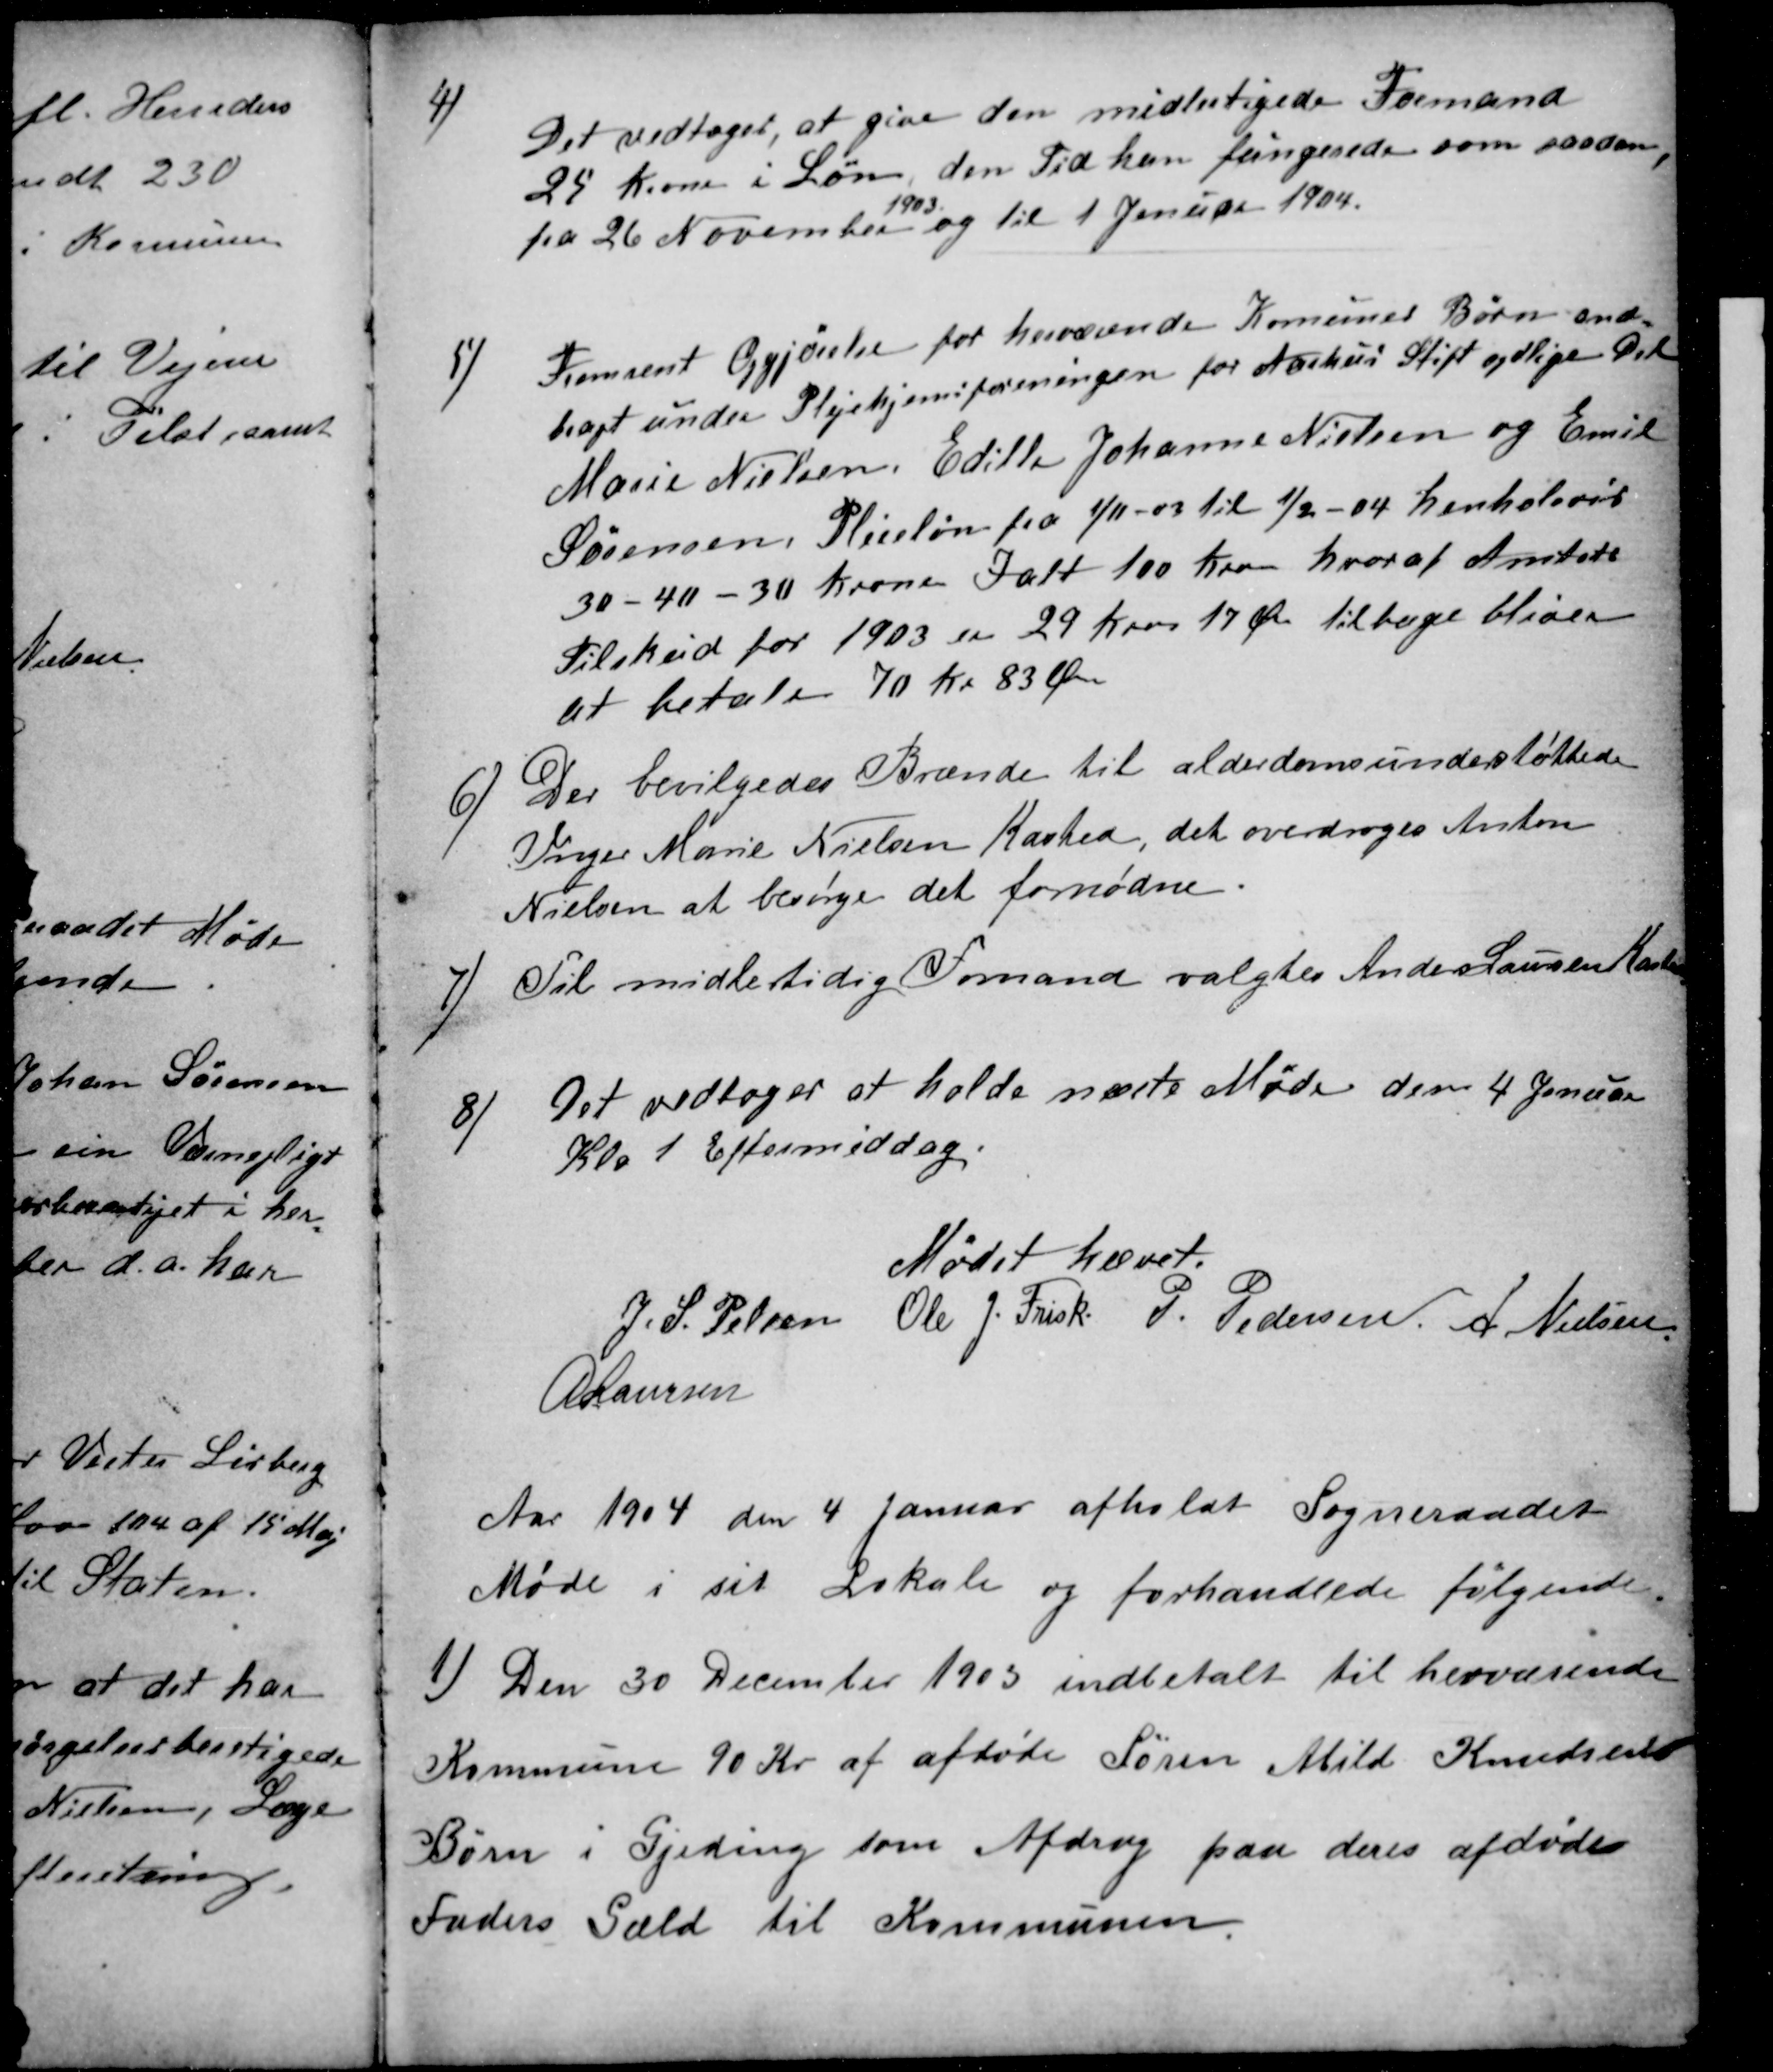
Transskription:
4)
Det vedtoges, at give den midlertigede Formand
25 Kroner i Løn, den Tid han fungerede som saadan,
fra 26 November
1903
og til 1 Januar 1904.
5)
Fremsent Opgjørelse for herværende Komunes Børn and-
bragt under Plejehjemsforeningen for Aarhus Stift sydlige Del
Marie Nielsen, Edith Johanne Nielsen og Emil
Sørensen, Pleieløn fra 1/11 -03 til 1/2 -04 henholdsvis
30 -40 -30 Kroner Ialt 100 Kron hvoraf Amtets
Tilskud for 1903 er 29 Kron 17 Øre tilbage bliver
at betale 70 Kr 83 Øre
6)
Der bevilgedes Brænde til alderdomsunderstøttede
Inger Marie Nielsen Kasted, det overdroges Anton
Nielsen at besørge det fornødne
7)
Til midlertidig Formand valgtes Anders Laursen Kasted
8)
Det vedtoges at holde næste Møde den 4 Januar
Kl. 1 Eftermiddag.
Mødet hævet.
J. S. Pelsen Ole J. Frisk P. Pedersen A Nielsen
A Laursen
Aar 1904 den 4 Januar afholdt Sogneraadet
Møde i sit Lokale og forhandlede følgende
1)
Den 30 December 1903 indbetalt til herværende
Kommune 90 Kr af afdøde Søren Abild Knudsens
Børn i Gjeding som Afdrag paa deres afdøde
Faders Gæld til Kommunen.